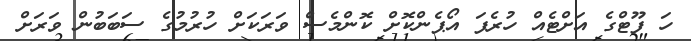
ހަ ފޫޓްގެ އަށްޓެއް ހުރެފަ އޯޕެންކޮށް ކޮންމެސް ވަރަކަށް ހުރުމުގެ ސަބަބުން ވަރަށް